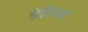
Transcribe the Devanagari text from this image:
डेलिस